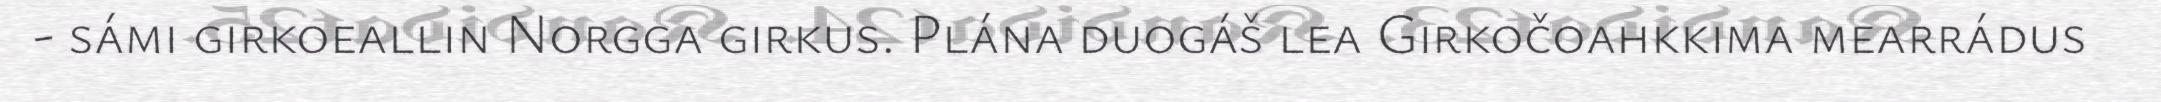
- sámi girkoeallin Norgga girkus. Plána duogáš lea Girkočoahkkima mearrádus